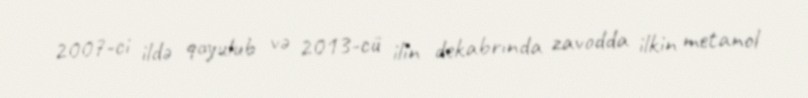
2007-ci ildə qoyulub və 2013-cü ilin dekabrında zavodda ilkin metanol